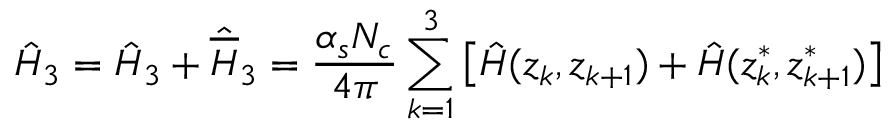
\Hat { \cal H } _ { 3 } = \Hat { H } _ { 3 } + \Hat { \overline { { { H } } } } _ { 3 } = \frac { \alpha _ { s } N _ { c } } { 4 \pi } \sum _ { k = 1 } ^ { 3 } \left[ \Hat { H } ( z _ { k } , z _ { k + 1 } ) + \Hat { H } ( z _ { k } ^ { \ast } , z _ { k + 1 } ^ { \ast } ) \right]